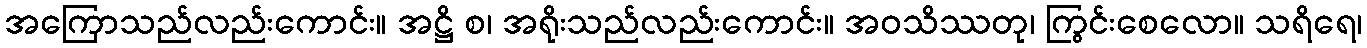
အကြောသည်လည်းကောင်း။ အဋ္ဌိ စ၊ အရိုးသည်လည်းကောင်း။ အဝသိဿတု၊ ကြွင်းစေလော။ သရိရေ၊